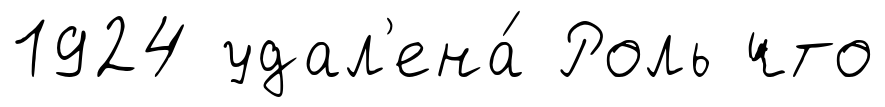
1924 удал'ена́ Роль что